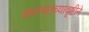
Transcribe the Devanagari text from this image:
करण्याच्यादृष्टीने